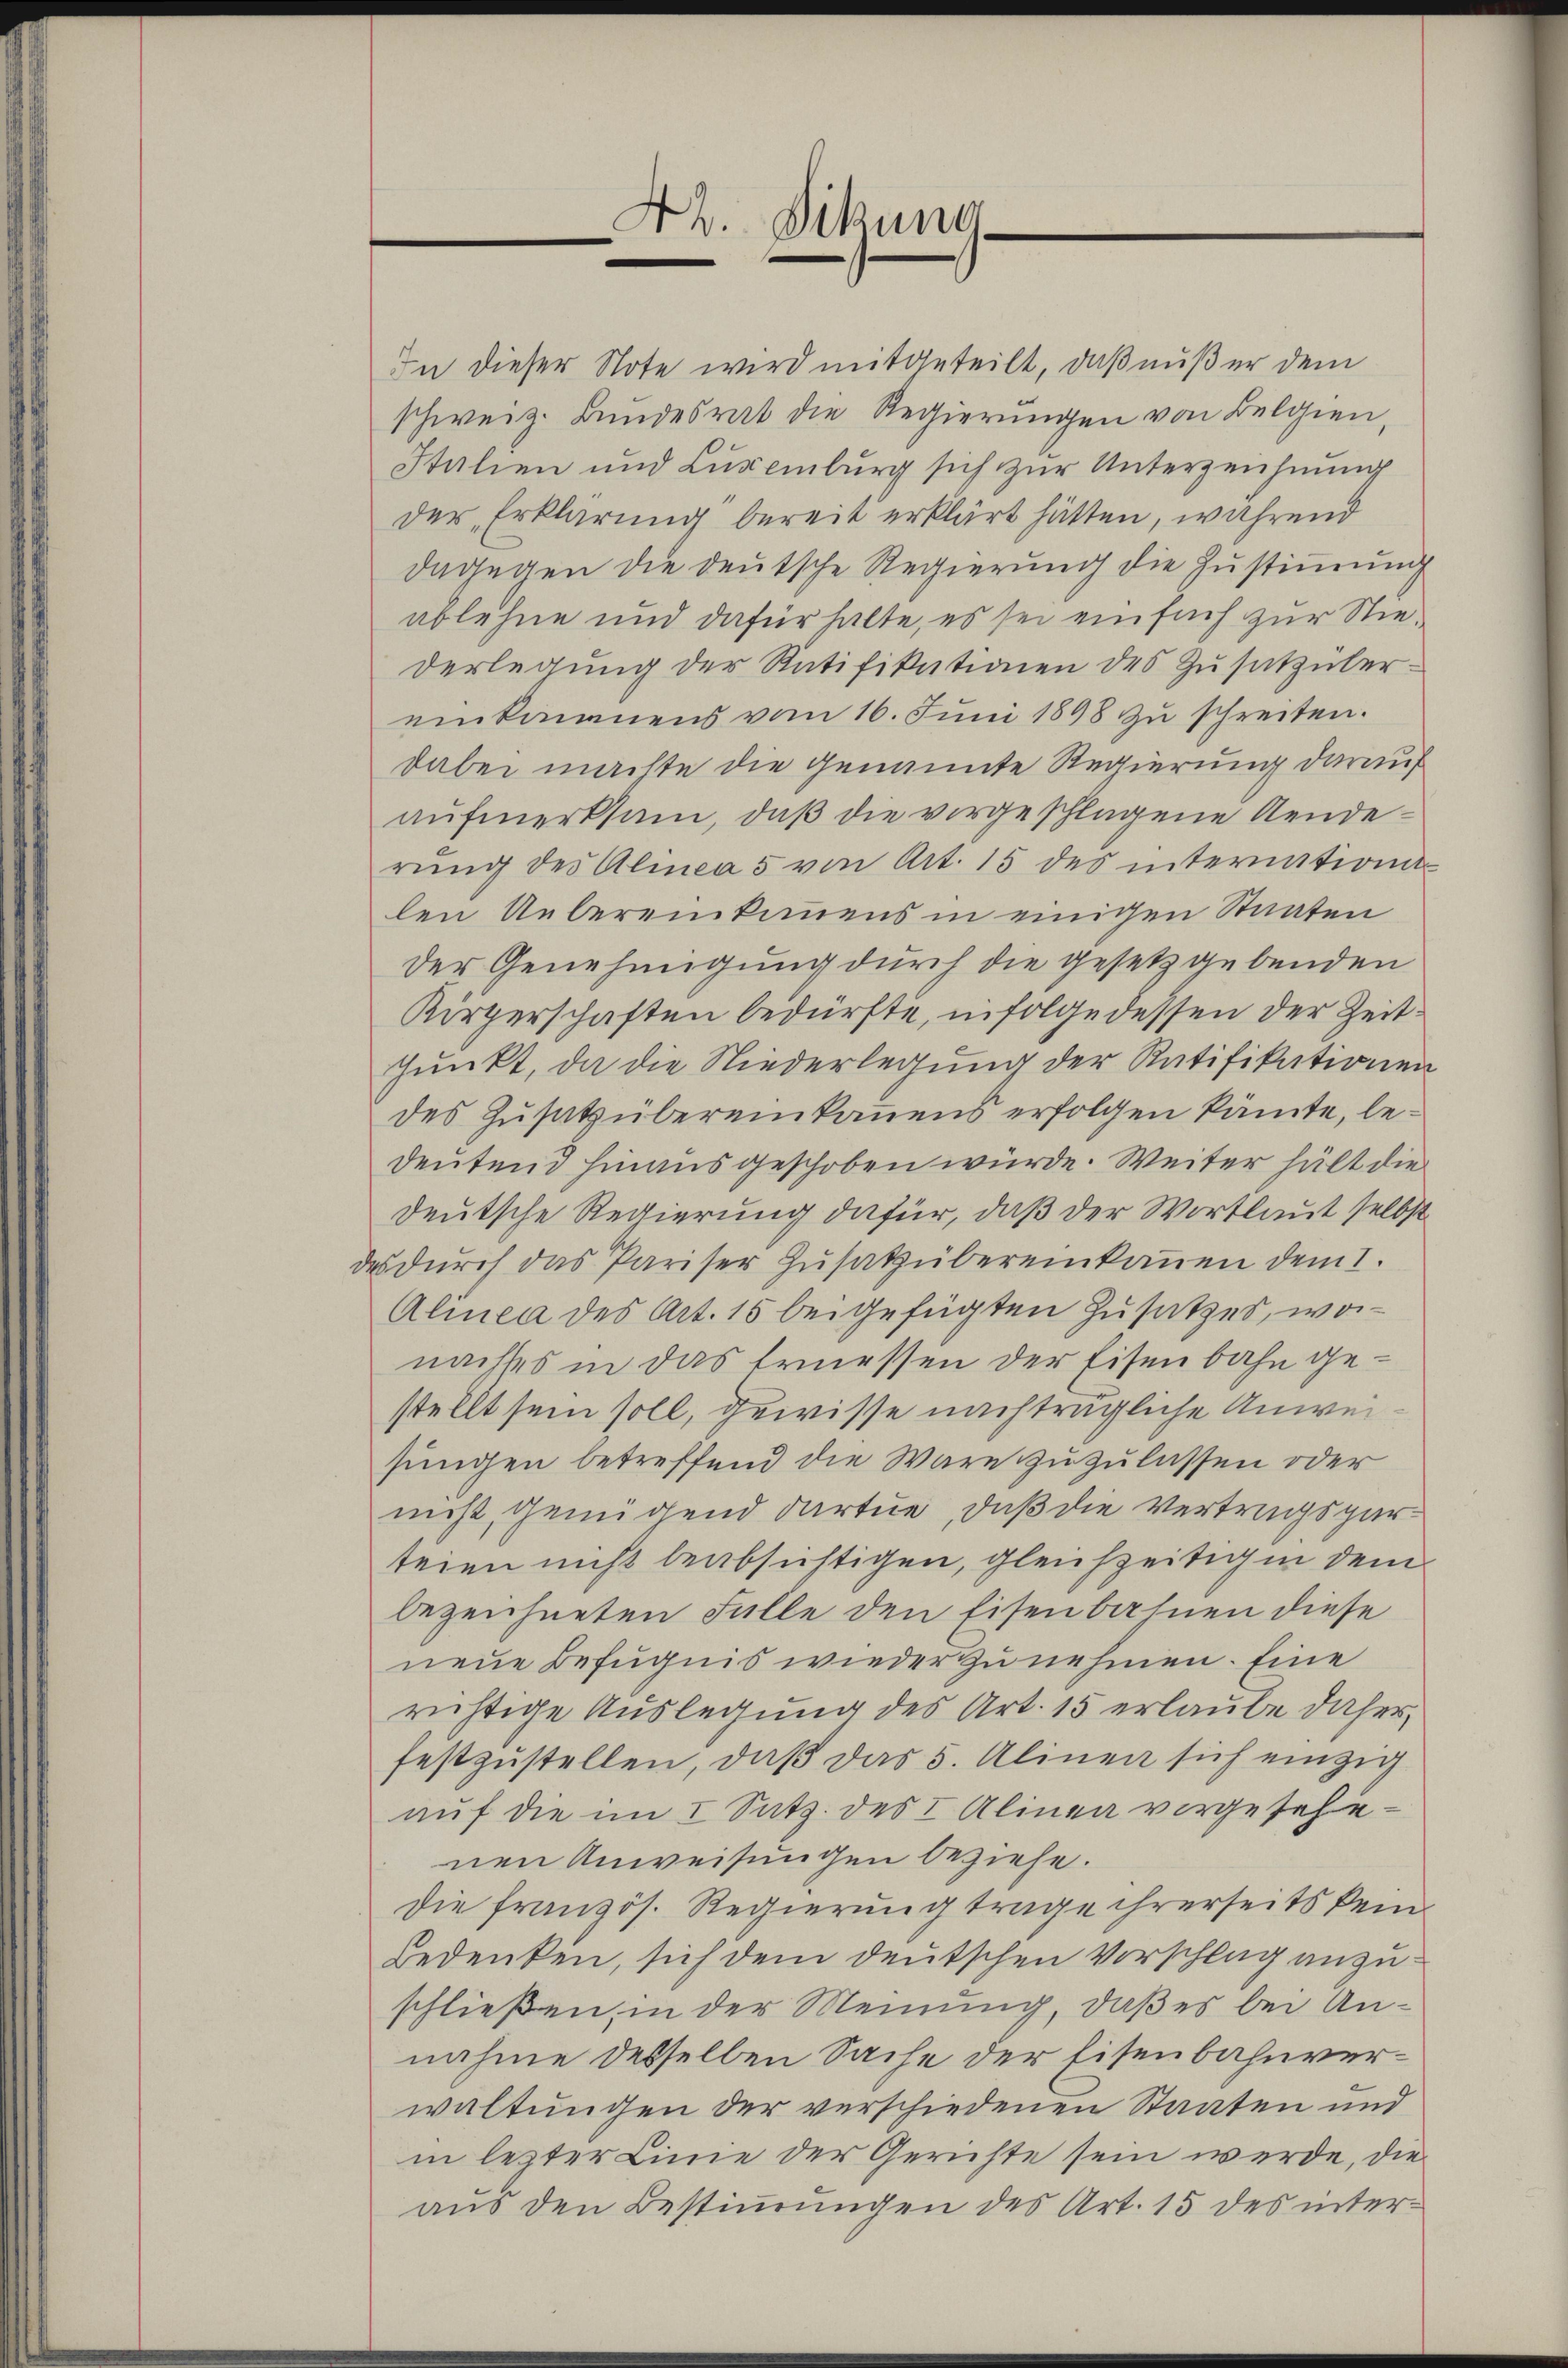
A2. Dikung
e

In dieser Note wird mitgeteilt, daß außer dem
schweiz. Bundesrat die Regierungen von Belgien,
Italien und Luxenburg sich zur Unterzeichnung
der Erklärung bereit erklärt hätten, während
dagegen die deutsche Regierung die Zustimmung
ablehne und dafür halte, es sei ein such zur Niederlegung der Ratifikationen des Zusatzüber-
einkammens vom 16. Juni 1898 zŭ schreiten.
dabei machte die genannte Regierung darauf
aufmerksam, daß die vorgeschlagene Aenderŭng des Almea 5 von Art. 15 des internationa
len Uebereinkommens in einigen Staaten
der Genehmigung durch die gesetzgebenden
Kirperschaften bedürfte, infolge dessen der Zeitpunkt, da die Niederlegung der Ratifikationen
des Zusatz übereinkamens erfolgen könte, bedeutend hinausgeschoben würde. Weiter hält die
deutsche Regierung dafür, daß der Wortlaut selbst
 dŭrch das Pariser Zŭsatz übereinkonen dem 1.
Alinea des Art. 15 beigefügten Zusatzes, wornachtes in das Ermessen der Eisenbahn gestellt sein soll, gewisse nachträgliche Anweisungen betreffend die Ware zuzulassen oder
nicht, Genügend dartue, daß die Vertragsparteien nicht beabsichtigen, gleichzeitig in dem
bezeichneten Fülle den Eisenbahnen diese
neue Befugnis wieder zunehmen. Eine
richtige Auslegung des Art. 15 erlaube daher,
festzustellen, daß das 5. Alinea sich einzig
auf die im I. Satz. des I Alinea vorgesehenen Anweisungen beziehe.
Die französ. Regierung trage ihrerseits kein
Bedenken, sich dem deutschen Vorschlag anzuschließen, in der Meinung, daß es bei Annahme desselben Sache der Eisenbahnverwaltungen der verschiedenen Staaten und
in lezter Linie der Gerichte sein werde, die
aus den Bestimmungen des Art. 15 des inter¬